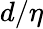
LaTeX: {d/\eta}